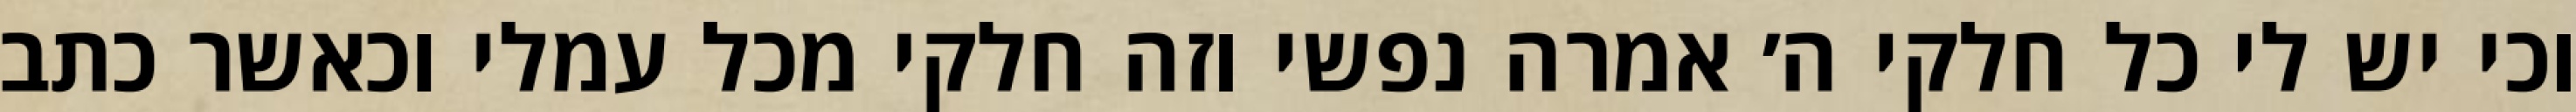
וכי יש לי כל חלקי ה׳ אמרה נפשי וזה חלקי מכל עמלי וכאשר כתב